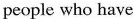
people who have